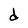
Character: d